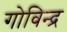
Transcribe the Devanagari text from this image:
गोविन्द्र